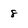
Character: 8